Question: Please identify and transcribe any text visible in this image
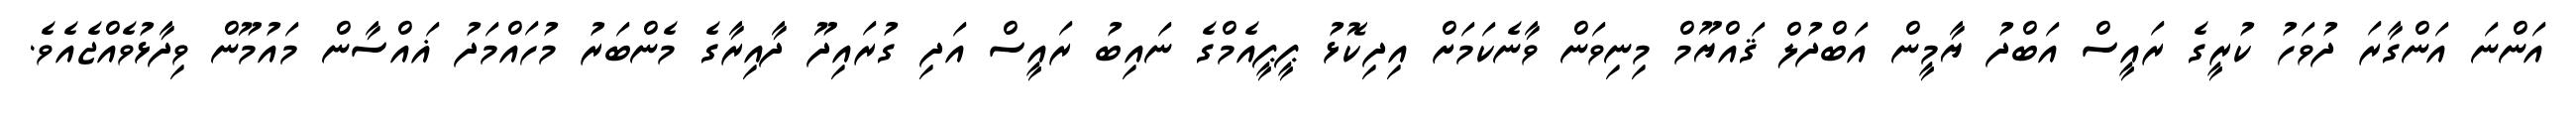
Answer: އަންނަ އަންގާރަ ދުވަހު ކުރީގެ ރައީސް އަބްދު ޔާމީން އަބްދުލް ޤައްޔޫމް މިނިވަން ވާނެކަމަށް އިދިކޮޅު ޕީޕީއެމްގެ ނައިބު ރައީސް އަދި ގުރައިދޫ ދާއިރާގެ މެންބަރު މުހައްމަދު ޣައްސާން މައުމޫން ވިދާޅުވެއްޖެއެވެ.